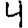
Digit: 4